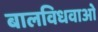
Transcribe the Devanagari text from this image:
बालविधवाओं